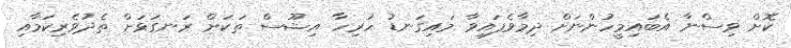
ކޮށް ވިސްނާ އެބައިމީހުންނަށް ދިމާވެފައިވާ މައިގަނޑު ހުރިހާ އިޝޫސް ތަކަށް ރަނގަޅަށް ތެދުވެރިކަމާއި